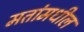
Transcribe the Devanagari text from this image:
मतांमधील